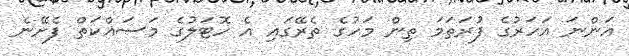
އަންނަ އަހަރުގެ ފުރަތަމަ ތިން މަހުގެ ތެރޭގައި އެ ހޮޓަލުގެ މަސައްކަތް ފެށޭނެ